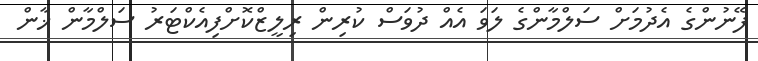
ފޭނުންގެ އެދުމަށް ސަލްމާންގެ ލަވަ އެއް ދުވަސް ކުރިން ރިލީޒްކޮށްފިއެކްޓަރު ސަލްމާން ޚާން